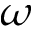
\omega